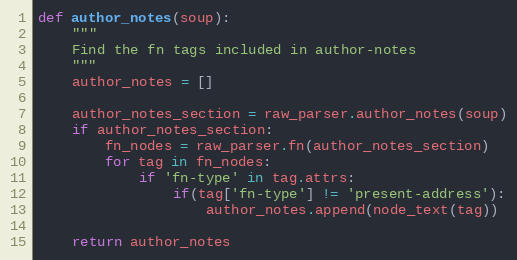
Language: Python
def author_notes(soup):
    """
    Find the fn tags included in author-notes
    """
    author_notes = []

    author_notes_section = raw_parser.author_notes(soup)
    if author_notes_section:
        fn_nodes = raw_parser.fn(author_notes_section)
        for tag in fn_nodes:
            if 'fn-type' in tag.attrs:
                if(tag['fn-type'] != 'present-address'):
                    author_notes.append(node_text(tag))

    return author_notes